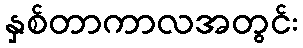
နှစ်တာကာလအတွင်း